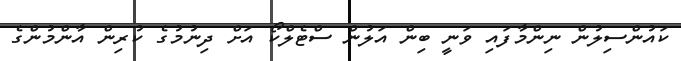
ކައުންސިލުން ނިންމާފައި ވަނީ ބިން އަލުން ސްޓެލްކޯ އަށް ދިނުމުގެ ކުރިން އާންމުންގެ